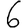
Digit: 6